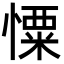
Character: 憟